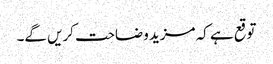
توقع ہے کہ مزید وضاحت کریں گے۔